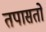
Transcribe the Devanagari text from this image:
तपासतो